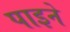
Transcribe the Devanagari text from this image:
पाइने